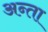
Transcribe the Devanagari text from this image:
अन्ता